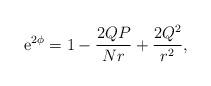
LaTeX: \begin{align*}{\rm e}^{2\phi}=1-\frac{2QP}{Nr}+\frac{2Q^2}{r^2},\end{align*}